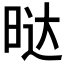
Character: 𭦆